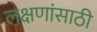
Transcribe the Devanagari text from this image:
लक्षणांसाठी